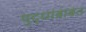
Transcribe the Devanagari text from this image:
युद्धांबाबत